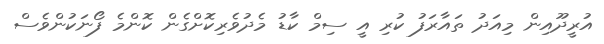
އުރީދޫއިން މިއަދު ތައާރަފު ކުރި އީ ސިމް ކާޑު މެދުވެރިކޮށްގެން ކޮންމެ ފޯނަކުންވެސް